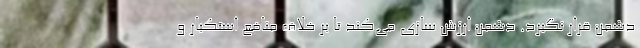
دشمن قرار نگیرد. دشمن ارزش سازی می‌کند تا بر خلاف منافع استکبار و